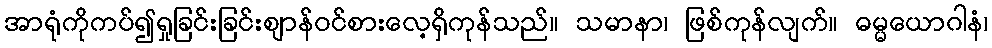
အာရုံကိုကပ်၍ရှုခြင်းခြင်းဈာန်ဝင်စားလေ့ရှိကုန်သည်။ သမာနာ၊ ဖြစ်ကုန်လျက်။ ဓမ္မယောဂါနံ၊